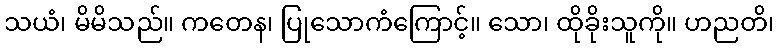
သယံ၊ မိမိသည်။ ကတေန၊ ပြုသောကံကြောင့်။ သော၊ ထိုခိုးသူကို။ ဟညတိ၊